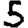
Digit: 5